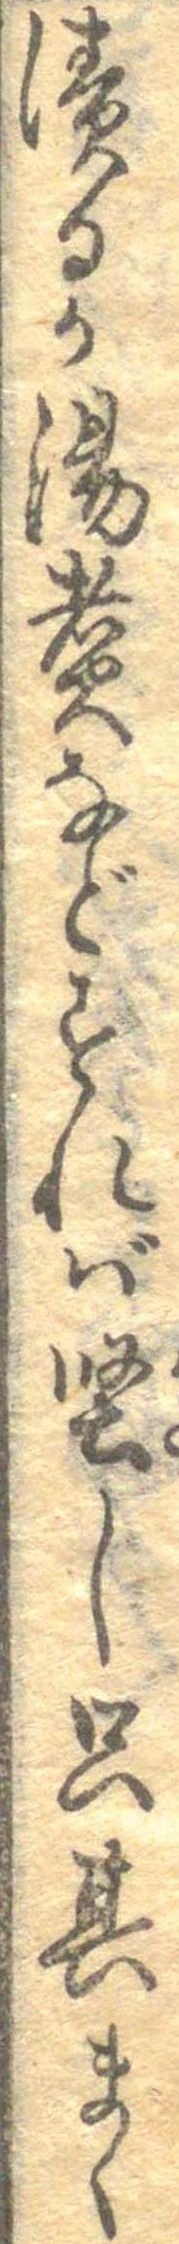
漬るか湯煮などすれば堅し只其まゝ